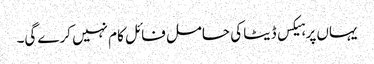
یہاں پر ہیکس ڈیٹا کی حامل فائل کام نہیں کرے گی۔